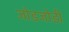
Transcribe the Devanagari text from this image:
जोडजोडी